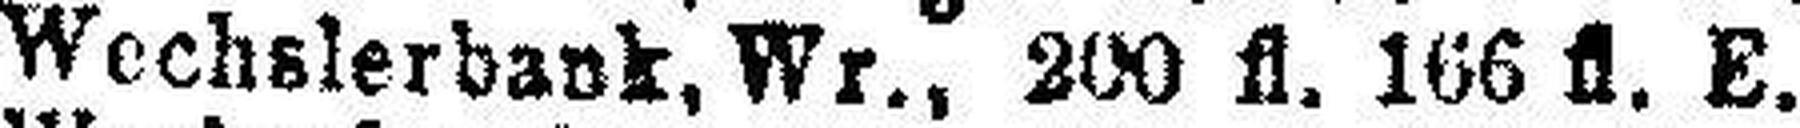
Wechslerbank, Wr., 200 fl. 166 fl. E.